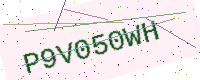
Text: P9V050WH